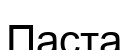
Паста